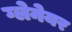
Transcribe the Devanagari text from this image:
ग्लेनेयर